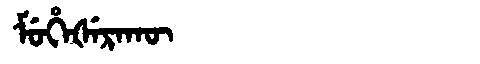
Manchu: ᠮᡠᡥᡝᡧᡝᡵᠠᡴᡡ
Romanization: MUHEŠERAKŪ